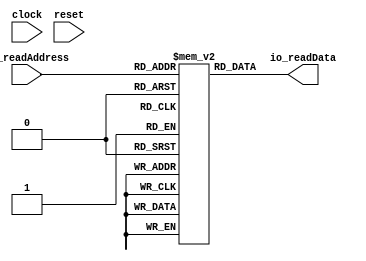
module OuterMemModule( // @[:@13.2]
  input         clock, // @[:@14.4]
  input         reset, // @[:@15.4]
  input  [9:0]  io_readAddress, // @[:@16.4]
  output [31:0] io_readData // @[:@16.4]
);
`ifdef RANDOMIZE_MEM_INIT
  reg [31:0] _RAND_0;
`endif // RANDOMIZE_MEM_INIT
  reg [31:0] billy [0:1023]; // @[MemPokeSpec.scala 22:18:@21.4]
  wire  billy__T_6_en; // @[MemPokeSpec.scala 22:18:@21.4]
  wire [9:0] billy__T_6_addr; // @[MemPokeSpec.scala 22:18:@21.4]
  wire [31:0] billy__T_6_data; // @[MemPokeSpec.scala 22:18:@21.4]
  assign billy__T_6_en = 1'h1;
  assign billy__T_6_addr = io_readAddress;
  assign billy__T_6_data = billy[billy__T_6_addr]; // @[MemPokeSpec.scala 22:18:@21.4]
  assign io_readData = billy__T_6_data;
// Register and memory initialization
`ifdef RANDOMIZE_GARBAGE_ASSIGN
`define RANDOMIZE
`endif
`ifdef RANDOMIZE_INVALID_ASSIGN
`define RANDOMIZE
`endif
`ifdef RANDOMIZE_REG_INIT
`define RANDOMIZE
`endif
`ifdef RANDOMIZE_MEM_INIT
`define RANDOMIZE
`endif
`ifndef RANDOM
`define RANDOM $random
`endif
`ifdef RANDOMIZE_MEM_INIT
  integer initvar;
`endif
`ifndef SYNTHESIS
`ifdef FIRRTL_BEFORE_INITIAL
`FIRRTL_BEFORE_INITIAL
`endif
initial begin
  `ifdef RANDOMIZE
    `ifdef INIT_RANDOM
      `INIT_RANDOM
    `endif
    `ifndef VERILATOR
      `ifdef RANDOMIZE_DELAY
        #`RANDOMIZE_DELAY begin end
      `else
        #0.002 begin end
      `endif
    `endif
`ifdef RANDOMIZE_MEM_INIT
  _RAND_0 = {1{`RANDOM}};
  for (initvar = 0; initvar < 1024; initvar = initvar+1)
    billy[initvar] = _RAND_0[31:0];
`endif // RANDOMIZE_MEM_INIT
  `endif // RANDOMIZE
end // initial
`ifdef FIRRTL_AFTER_INITIAL
`FIRRTL_AFTER_INITIAL
`endif
`endif // SYNTHESIS
endmodule